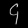
Digit: ၄